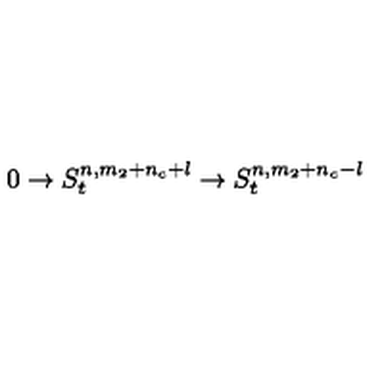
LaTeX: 0 \rightarrow S _ { t } ^ { n , m _ { 2 } + n _ { c } + l } \rightarrow S _ { t } ^ { n , m _ { 2 } + n _ { c } - l }